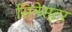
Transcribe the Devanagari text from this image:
सिनेस्टर